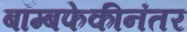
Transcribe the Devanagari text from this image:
बॉम्बफेकीनंतर